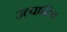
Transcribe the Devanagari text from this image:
उत्पादित्र